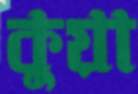
কুয়া